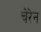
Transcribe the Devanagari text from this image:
चेरेन